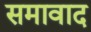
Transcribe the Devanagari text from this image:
समावाद